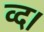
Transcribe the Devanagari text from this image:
व्द।